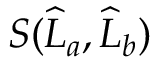
S ( \widehat { L } _ { a } , \widehat { L } _ { b } )